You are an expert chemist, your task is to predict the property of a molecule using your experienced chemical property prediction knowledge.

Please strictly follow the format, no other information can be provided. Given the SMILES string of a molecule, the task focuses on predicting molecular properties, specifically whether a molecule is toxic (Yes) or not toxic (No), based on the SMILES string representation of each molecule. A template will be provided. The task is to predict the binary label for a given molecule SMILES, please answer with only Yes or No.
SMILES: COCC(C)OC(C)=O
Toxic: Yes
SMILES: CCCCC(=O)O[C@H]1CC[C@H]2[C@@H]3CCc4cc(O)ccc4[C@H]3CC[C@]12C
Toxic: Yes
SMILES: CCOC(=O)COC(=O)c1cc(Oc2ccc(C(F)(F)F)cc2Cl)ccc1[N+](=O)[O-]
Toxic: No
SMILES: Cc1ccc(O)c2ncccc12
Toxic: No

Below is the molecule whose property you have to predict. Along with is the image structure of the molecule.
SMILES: C[C@@H]1C[C@H]2[C@@H]3C[C@H](F)C4=CC(=O)C=C[C@]4(C)[C@@]3(Cl)[C@@H](O)C[C@]2(C)[C@H]1C(=O)COC(=O)C(C)(C)C
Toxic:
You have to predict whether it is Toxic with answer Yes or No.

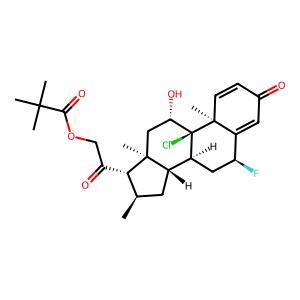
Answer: Yes